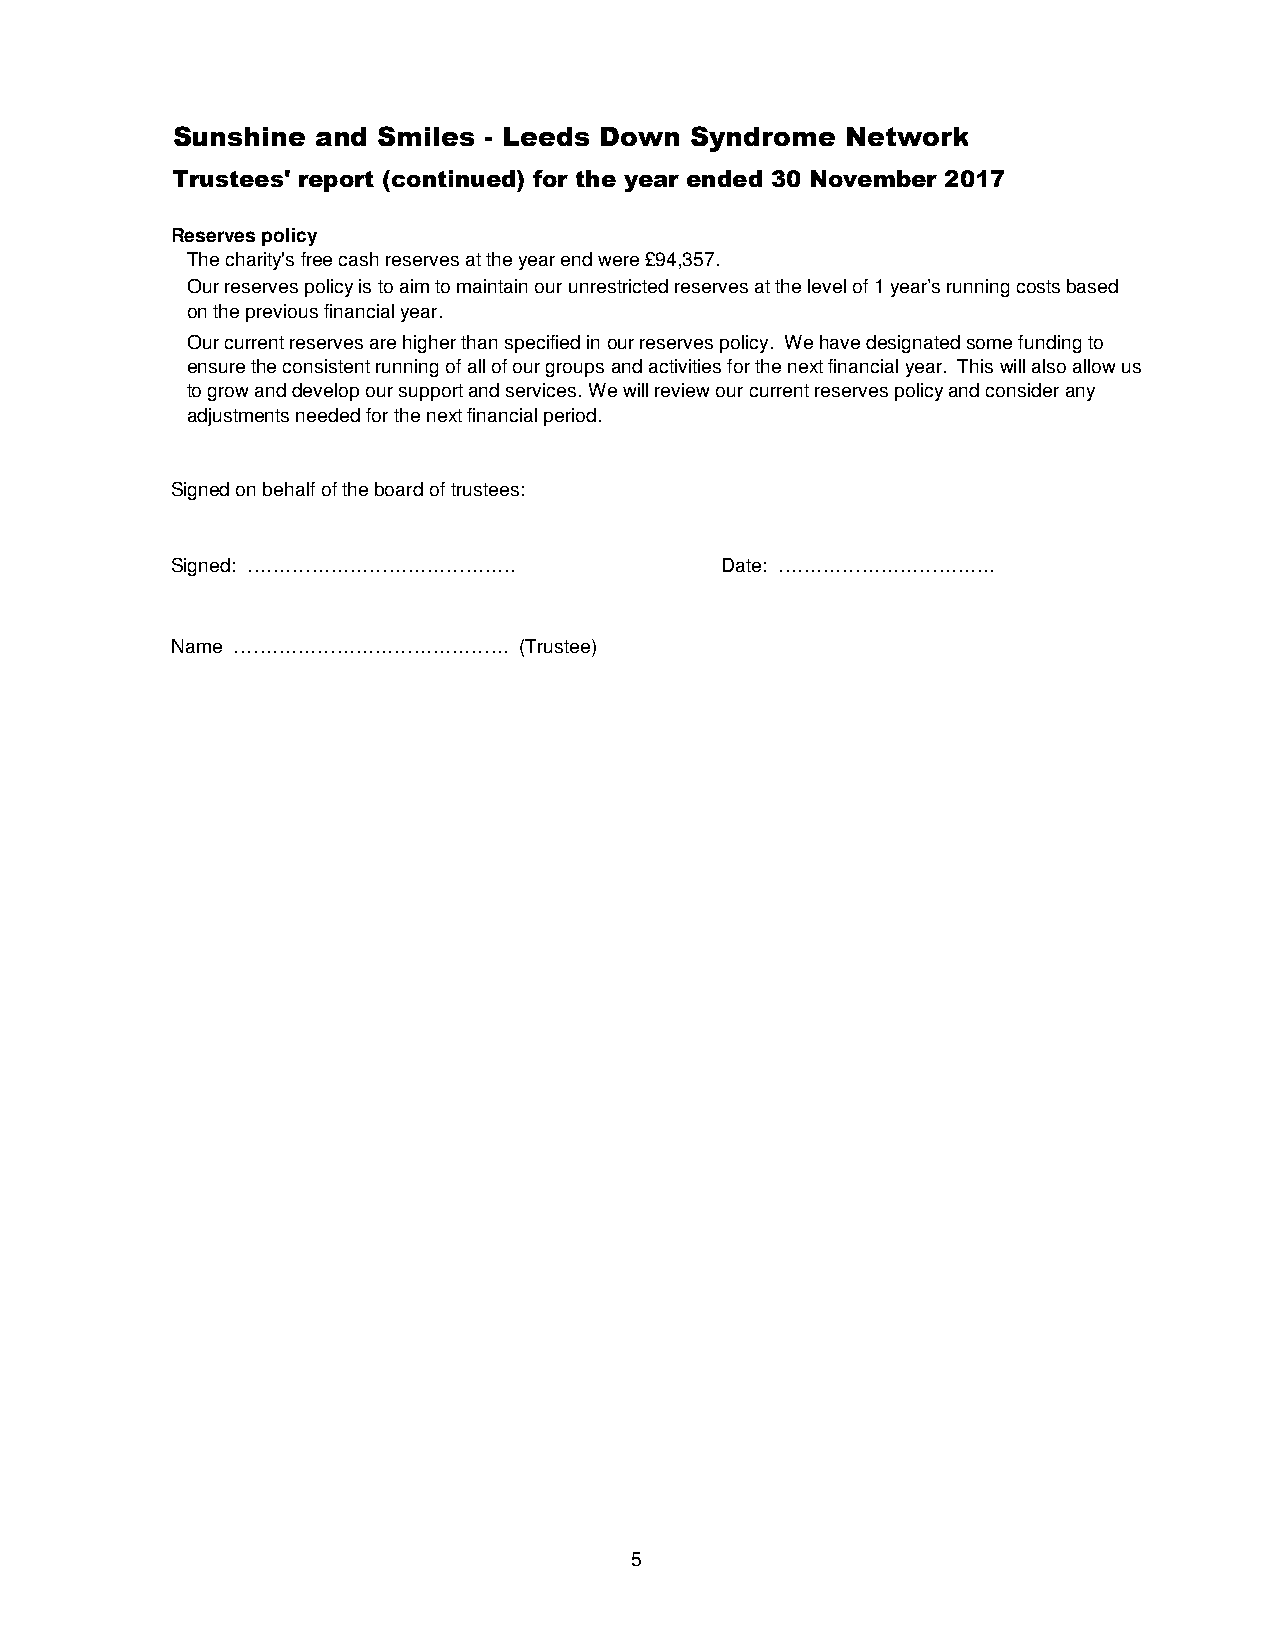
Sunshine  and Smiles - Leeds Down  Syndrome  Network
 Trustees' report (continued) for the year ended 30 November 2017
 Reserves policy
 The charity's free cash reserves at the year end were £94,357.
 Our reserves policy is to aim to maintain our unrestricted reserves at the level of 1 year’s running costs based
 on the previous financial year.
 Our current reserves are higher than specified in our reserves policy. We have designated some funding to
 ensure the consistent running of all of our groups and activities for the next financial year. This will also allow us
 to grow and develop our support and services. We will review our current reserves policy and consider any
 adjustments needed for the next financial period.
 Signed on behalf of the board of trustees:
 Signed: ……………………………………               Date: …………………………….
 Name …………………………………….   (Trustee)
 5